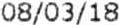
08/03/18